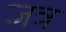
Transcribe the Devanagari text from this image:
जत्र